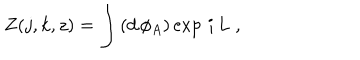
LaTeX: Z ( j , k , z ) = \int \, ( d \, \phi _ { A } ) \exp \, i \, L \; ,